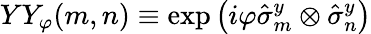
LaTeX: YY_{\varphi}(m,n)\equiv\exp\left(i\varphi\hat{\sigma}_{m}^{y}\otimes\hat{\sigma}_{n}^{y}\right)